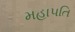
મહાપતિ